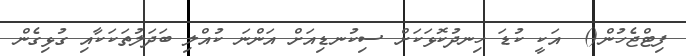
ފިޓްޖެހުން()  އަކީ ކުޑަ ހިނދުކޮޅަކަށް ސިކުނޑިއަށް އަންނަ ކުއްލި ބަދަލުތަކަކާއި ގުޅިގެން